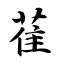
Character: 萑